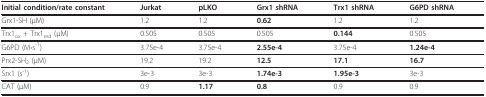
| Initial condition/rate constant | Jurkat | pLKO | Grx1 shRNA | Trx1 shRNA | G6PD shRNA |
 | --- | --- | --- | --- | --- | --- |
 | Grx1-SH (μM) | 1.2 | 1.2 | 0.62 | 1.2 | 1.2 |
 | Trx1ox + Trx1red (μM) | 0.505 | 0.505 | 0.505 | 0.144 | 0.505 |
 | G6PD (M⋅s-1) | 3.75e-4 | 3.75e-4 | 2.55e-4 | 3.75e-4 | 1.24e-4 |
 | Prx2-SH2 (μM) | 19.2 | 19.2 | 12.5 | 17.1 | 16.7 |
 | Srx1 (s-1) | 3e-3 | 3e-3 | 1.74e-3 | 1.95e-3 | 3e-3 |
 | CAT (μM) | 0.9 | 1.17 | 0.8 | 0.9 | 0.9 |